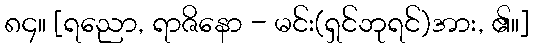
၈၄။ [ရညော, ရာဇိနော - မင်း(ရှင်ဘုရင်)အား, ၏။]